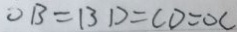
O B = B D = C D = O C